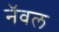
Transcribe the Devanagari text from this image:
नॅवल